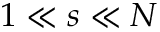
1 \ll s \ll N